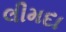
લીમદા